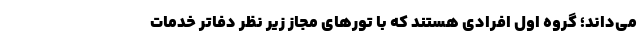
می‌داند؛ گروه اول افرادی هستند که با تورهای مجاز زیر نظر دفاتر خدمات